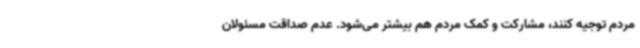
مردم توجیه کنند، مشارکت و کمک مردم هم بیشتر می‌شود. عدم صداقت مسئولان